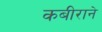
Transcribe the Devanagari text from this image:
कबीराने